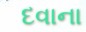
દવાના